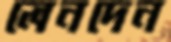
লেনদেন